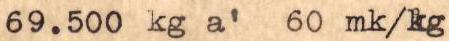
69.500 kg a' 60 mk/kg